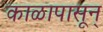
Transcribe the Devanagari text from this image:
काळापासून्